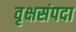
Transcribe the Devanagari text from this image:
वृक्षसंपदा